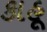
કાહૂ